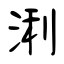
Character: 浰